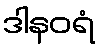
ဒါနဝရံ